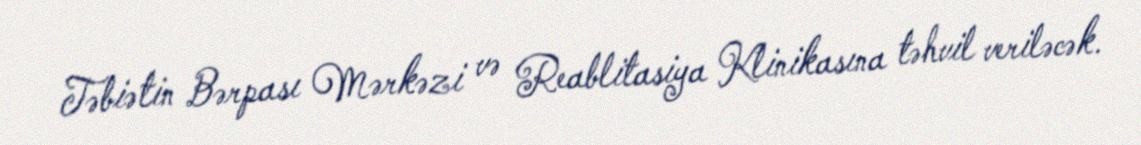
Təbiətin Bərpası Mərkəzi və Reablitasiya Klinikasına təhvil veriləcək.